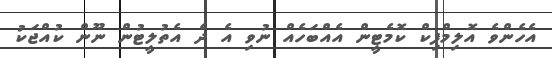
އެހެންވެ އޮލިމްޕިކް ކޮމެޓީން އެއްބަހެއް ނުވި އެ ދެ އެތުލީޓުން ނޫން ކުއްޖަކު